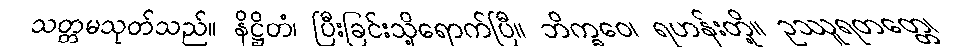
သတ္တမသုတ်သည်။ နိဋ္ဌိတံ၊ ပြီးခြင်းသို့ရောက်ပြီ။ ဘိက္ခဝေ၊ ရဟန်းတို့။ ဥဿူရတတ္တေ၊